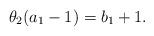
LaTeX: \begin{align*}\theta_2 (a_1 -1) = b_1 +1.\end{align*}